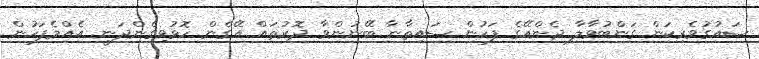
ސައުގުވެރިކަން ގަންބުވާލާ ދެންއޭގެ ފަހުން ސައިތާނާ ބޭނުންވާ ދޮރުތައް އޭގެން ހޮޅުވިގެންދަނީ. އެއްމެފަހުން